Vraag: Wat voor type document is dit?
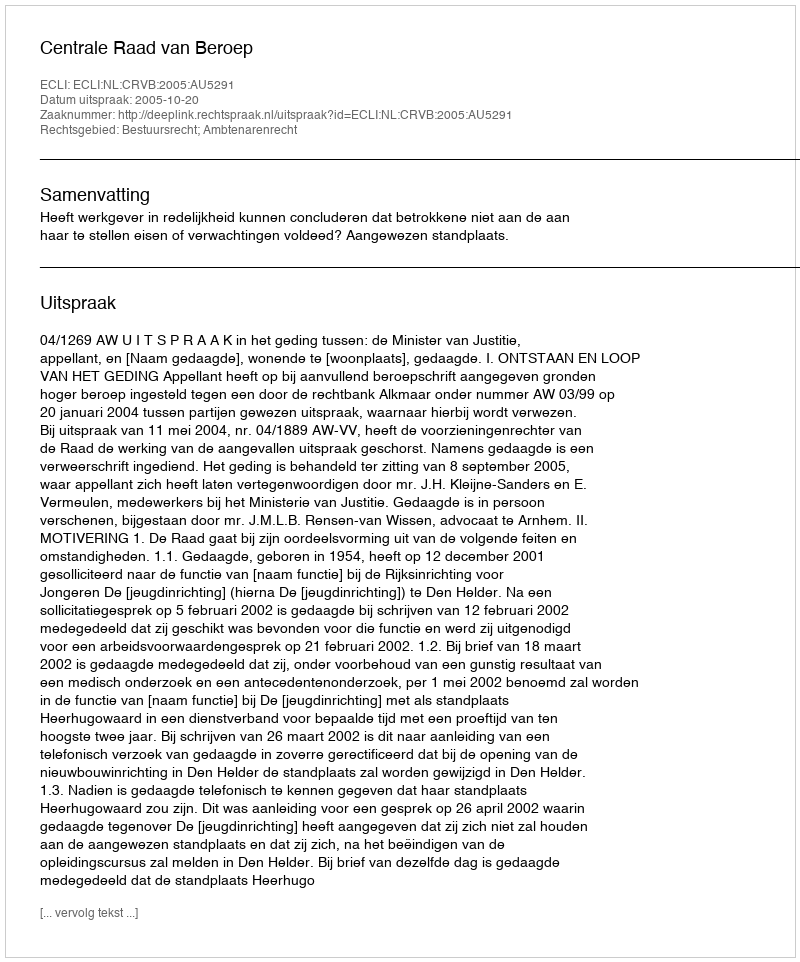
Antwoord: Uitspraak